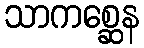
သာကစ္ဆေန